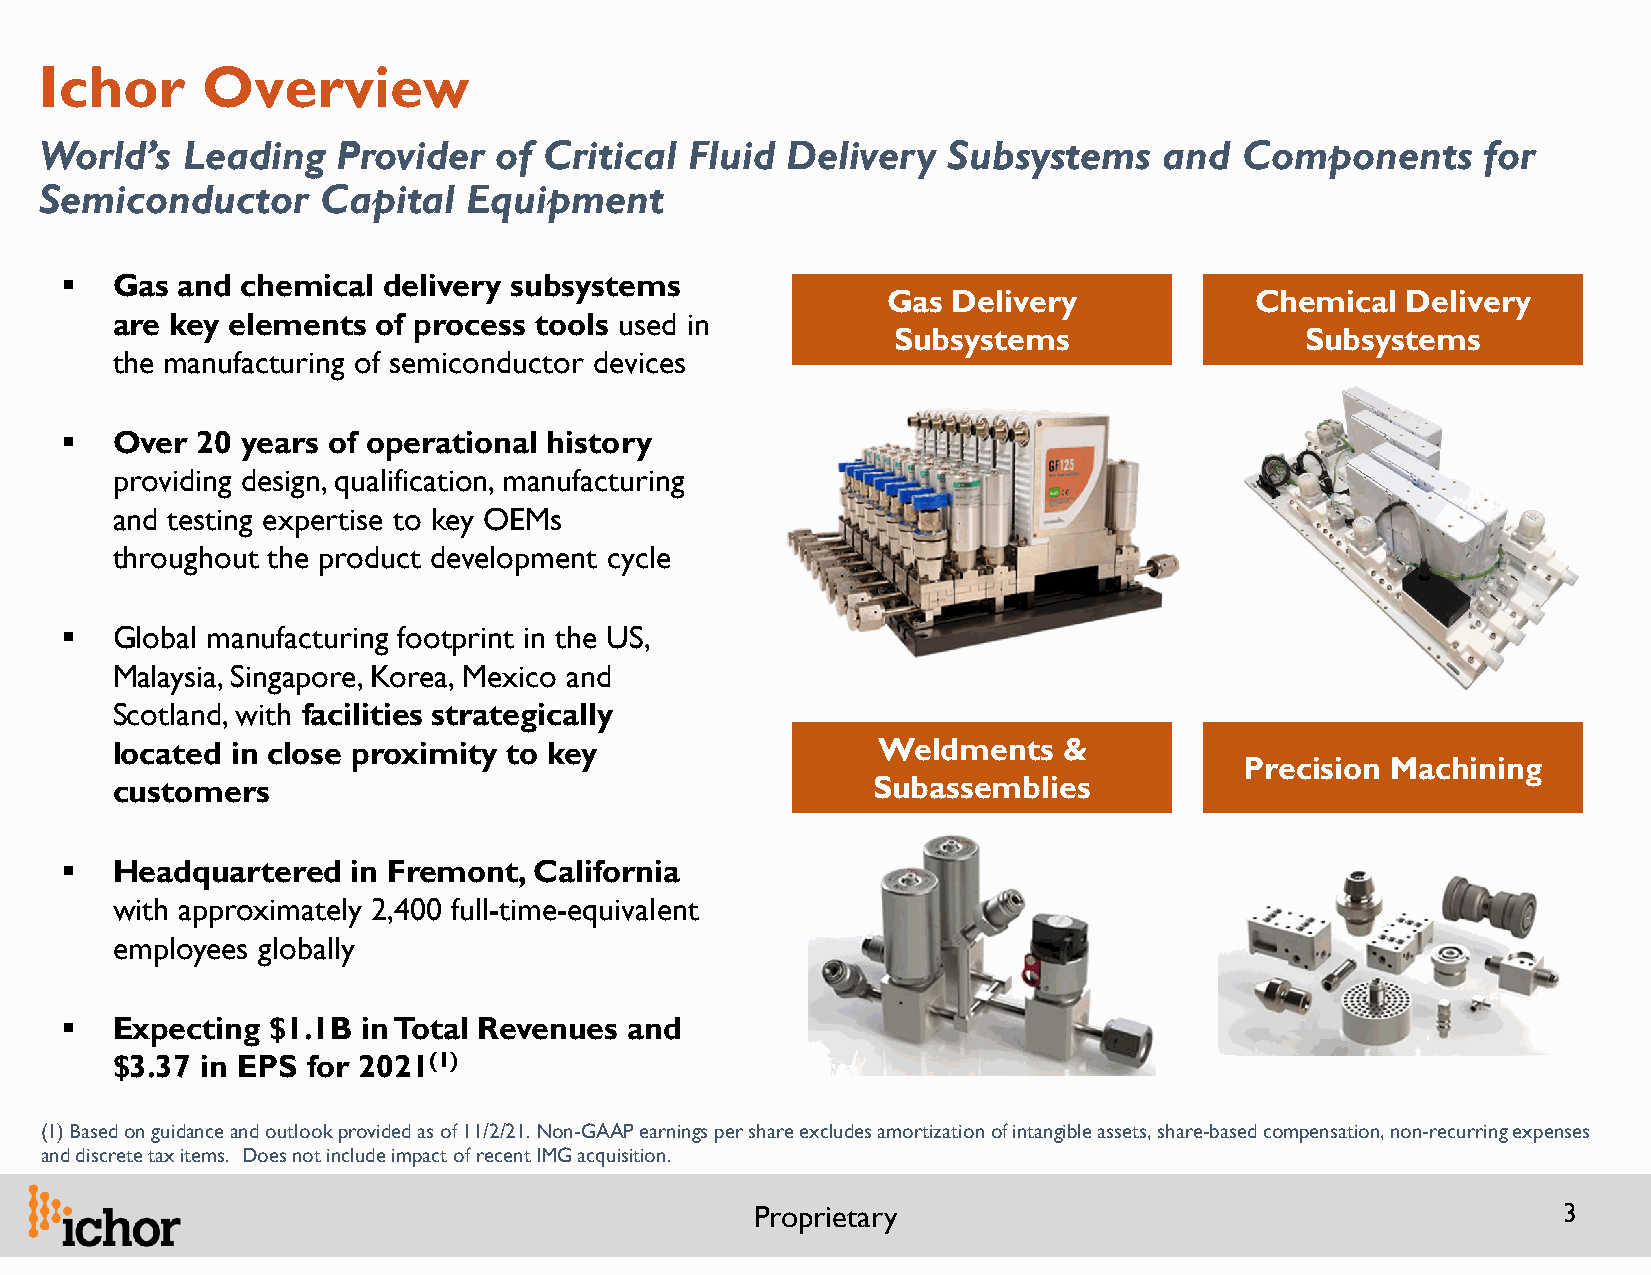
Ichor     Overview
 World’s  Leading   Provider   of Critical  Fluid Delivery   Subsystems    and  Components      for
 Semiconductor     Capital   Equipment
   Gas  and chemical delivery subsystems
 Gas Delivery            Chemical  Delivery
 are key elements  of process tools used in
 Subsystems                 Subsystems
 the manufacturing of semiconductor devices
   Over  20 years of operational history
 providing design, qualification, manufacturing
 and testing expertise to key OEMs
 throughout the product development cycle
   Global manufacturing footprint in the US,
 Malaysia, Singapore, Korea, Mexico and
 Scotland, with facilities strategically
 located in close proximity to key                  Weldments   &
 Precision Machining
 customers                                          Subassemblies
   Headquartered   in Fremont, California
 with approximately 2,400 full-time-equivalent
 employees globally
   Expecting  $1.1B in Total Revenues and
 $3.37 in EPS for 2021(1)
 (1) Based on guidance and outlook provided as of 11/2/21. Non-GAAP earnings per share excludes amortization of intangible assets, share-based compensation, non-recurring expenses
 and discrete tax items. Does not include impact of recent IMG acquisition.
 Proprietary                                          3